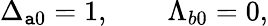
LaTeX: \Delta_{\mathtt{a}0}=1,\qquad\Lambda_{b0}=0,